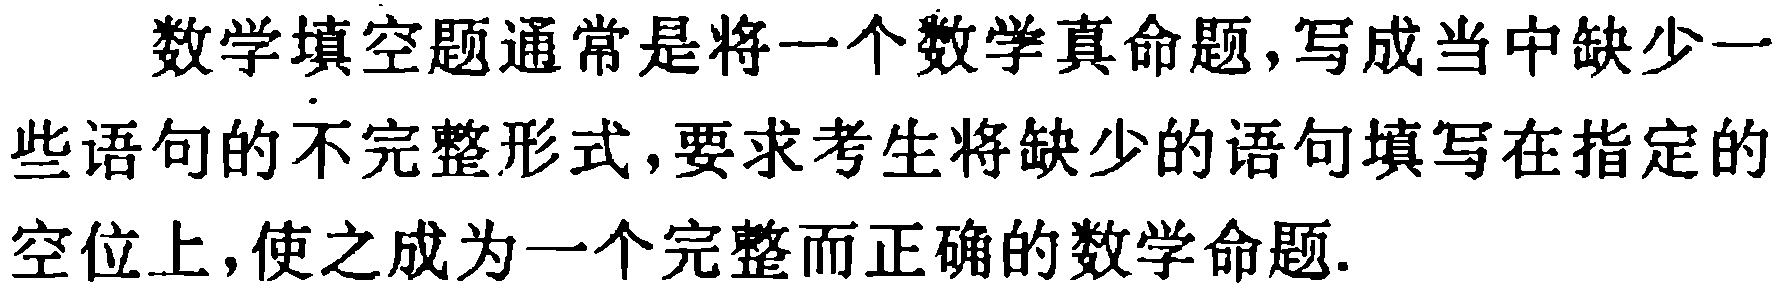
数学填空题通常是将一个数学真命题，写成当中缺少一些语句的不完整形式，要求考生将缺少的语句填写在指定的空位上，使之成为一个完整而正确的数学命题.